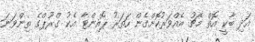
އަދި ބާކީ އޮތް މެޗު އެއްވަރުކޮށްގެން ހަތަރު ޕޮއިންޓާ އެކު ގްރޫޕްގެ ތިންވަނަ